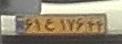
۶۱ع۱۷۶۴۴